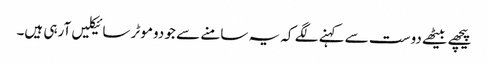
پیچھے بیٹھے دوست سے کہنے لگے کہ یہ سامنے سے جو دوموٹر سائیکلیں آرہی ہیں۔